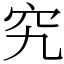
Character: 究